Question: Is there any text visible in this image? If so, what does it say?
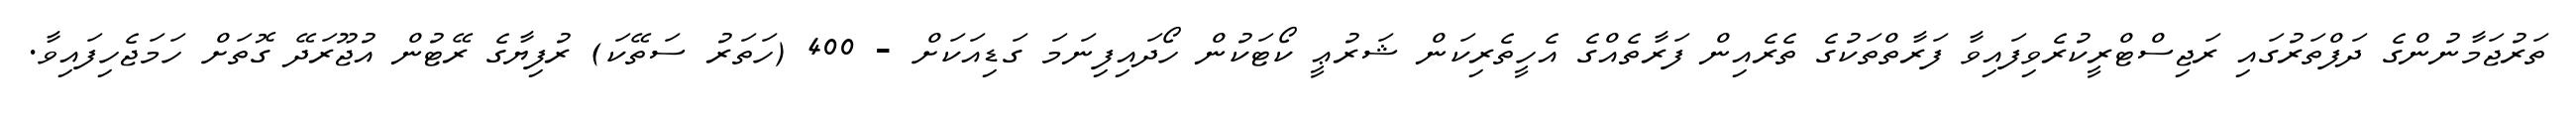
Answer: ތަރުޖަމާނުންގެ ދަފްތަރުގައި ރަޖިސްޓްރީކުރެވިފައިވާ ފަރާތްތަކުގެ ތެރެއިން ފަރާތެއްގެ އެހީތެރިކަން ޝަރުޢީ ކޯޓަކުން ހޯދައިފިނަމަ ގަޑިއަކަށް - 400 (ހަތަރު ސަތޭކަ) ރުފިޔާގެ ރޭޓުން އުޖޫރަދޭ ގޮތަށް ހަމަޖެހިފައިވާ.